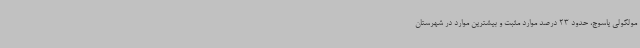
مولکولی یاسوج، حدود 23 درصد موارد مثبت و بیشترین موارد در شهرستان